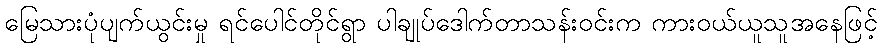
မြေသားပုံပျက်ယွင်းမှု ရင်ပေါင်တိုင်ရွာ ပါချုပ်ဒေါက်တာသန်းဝင်းက ကားဝယ်ယူသူအနေဖြင့်